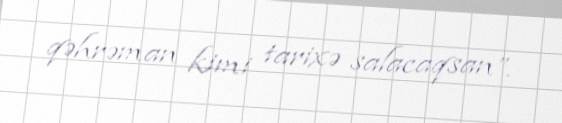
qəhrəman kimi tarixə salacaqsan”.